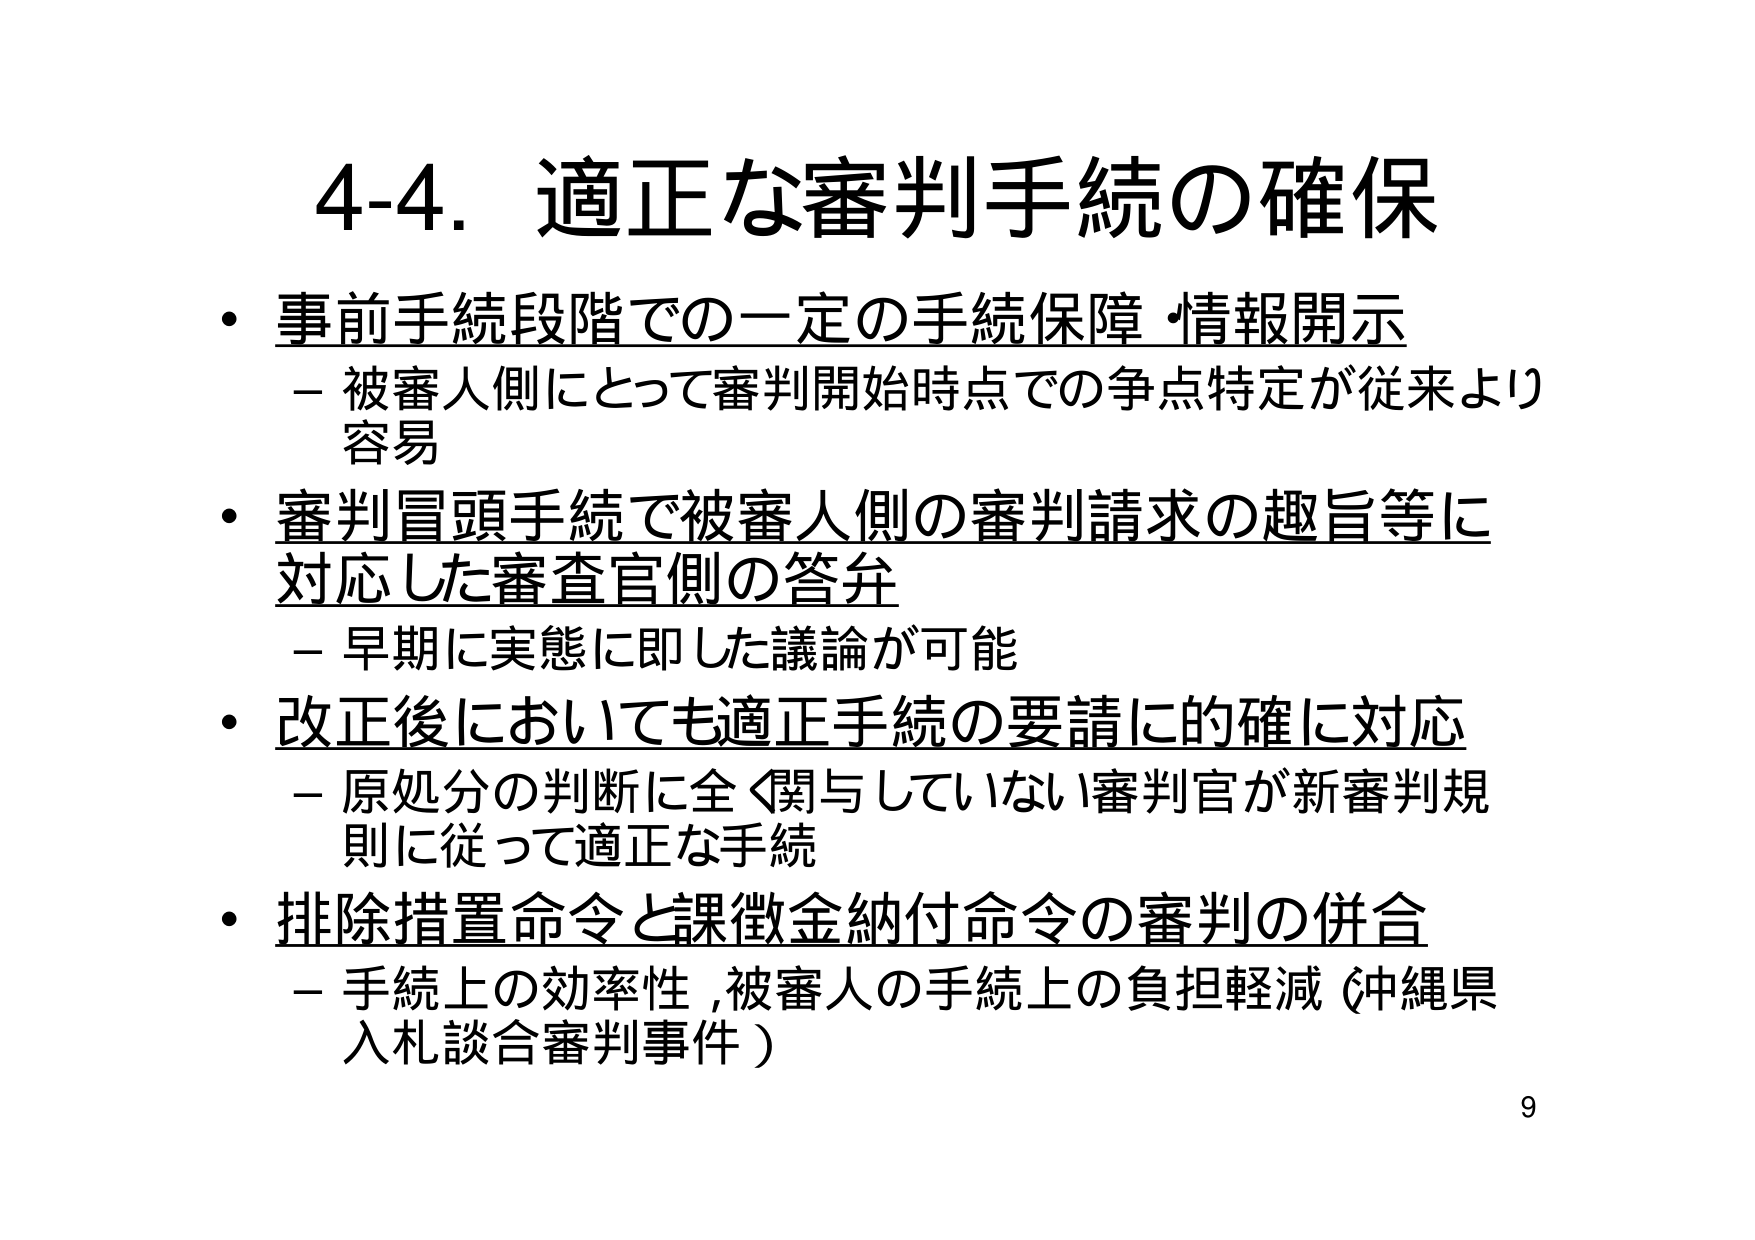
4-4. 適正な審判手続の確保

・事前手続段階での一定の手続保障・情報開示
　－被審人側にとって審判開始時点での争点特定が従来より容易

・審判冒頭手続で被審人側の審判請求の趣旨等に対応した審査官側の答弁
　－早期に実態に即した議論が可能

・改正後においても適正手続の要請に的確に対応
　－原処分の判断に全く関与していない審判官が新審判規則に従って適正な手続

・排除措置命令と課徴金納付命令の審判の併合
　－手続上の効率性、被審人の手続上の負担軽減（沖縄県入札談合審判事件）

9